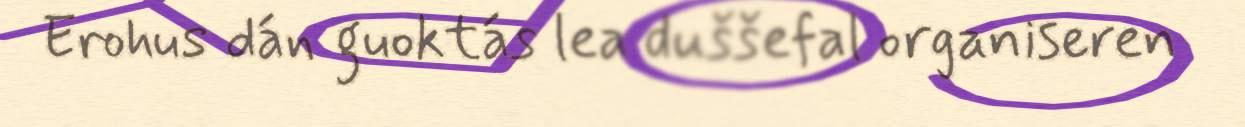
Erohus dán guoktás lea duššefal organiseren